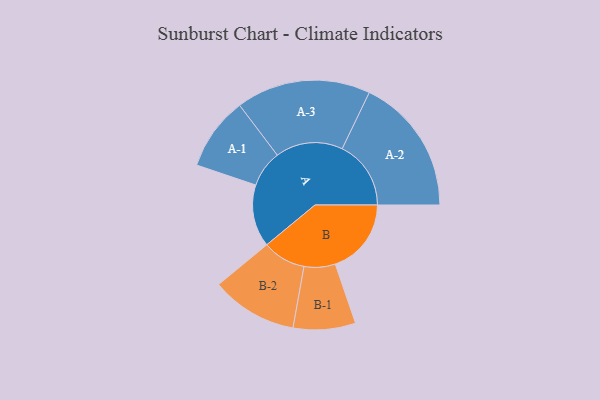
{"axis": {"x": "Segment", "y": "Value"}, "legend": ["", "A", "B"], "data": [{"x": "A", "y": 248, "type": ""}, {"x": "B", "y": 303, "type": ""}, {"x": "A-1", "y": 146, "type": "A"}, {"x": "A-2", "y": 274, "type": "A"}, {"x": "A-3", "y": 268, "type": "A"}, {"x": "B-1", "y": 124, "type": "B"}, {"x": "B-2", "y": 172, "type": "B"}]}